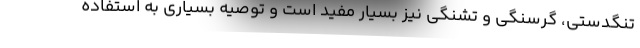
تنگدستی، گرسنگی و تشنگی نیز بسیار مفید است و توصیه بسیاری به استفاده